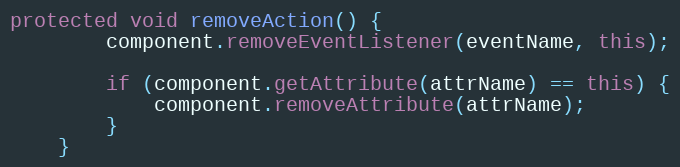
Language: Java
protected void removeAction() {
        component.removeEventListener(eventName, this);

        if (component.getAttribute(attrName) == this) {
            component.removeAttribute(attrName);
        }
    }